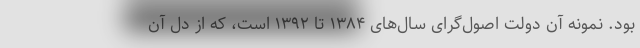
بود. نمونه آن دولت اصول‌گرای سال‌های ۱۳۸۴ تا ۱۳۹۲ است، که از دل آن